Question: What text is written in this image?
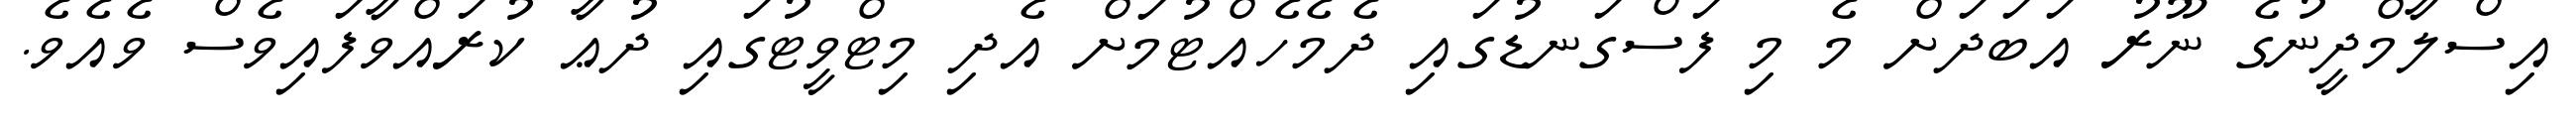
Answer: އިސްލާމްދީނުގެ ނޫރު އަބަދަށް މެ މި ފަސްގަނޑުގައި ދެމެހެއްޓުމަށް އެދި މިޓްވީޓުގައި ދުޢާ ކުރައްވާފައިވެސް ވެއެވެ.